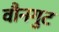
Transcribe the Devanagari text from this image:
वौनगुट